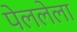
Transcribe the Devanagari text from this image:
पेललेला